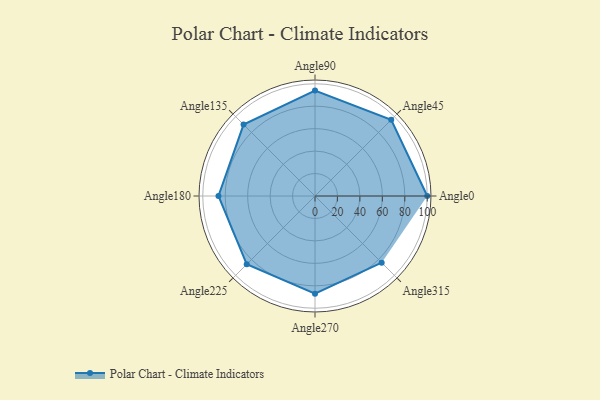
{"axis": {"x": "Angle", "y": "Radius"}, "legend": [""], "data": [{"x": "Angle0", "y": 100.0, "type": ""}, {"x": "Angle45", "y": 96.0, "type": ""}, {"x": "Angle90", "y": 94.0, "type": ""}, {"x": "Angle135", "y": 90.0, "type": ""}, {"x": "Angle180", "y": 86.0, "type": ""}, {"x": "Angle225", "y": 86.0, "type": ""}, {"x": "Angle270", "y": 87.0, "type": ""}, {"x": "Angle315", "y": 84.0, "type": ""}]}